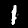
Digit: 1